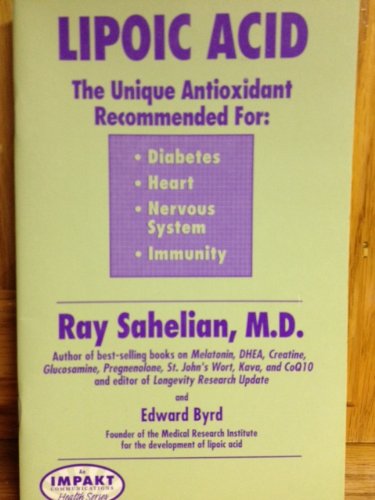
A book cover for Lipoic Acid:  The Unique Antioxidant; Ray Sahelian; Health, Fitness & Dieting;